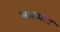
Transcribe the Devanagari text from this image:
मारगॉट